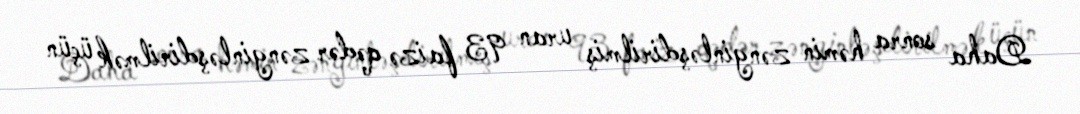
Daha sonra həmin zənginləşdirilmiş uran 93 faizə qədər zənginləşdirilmək üçün